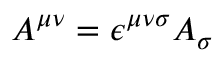
A ^ { \mu \nu } = \epsilon ^ { \mu \nu \sigma } A _ { \sigma }